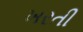
ખરતી